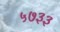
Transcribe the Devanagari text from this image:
५७३३